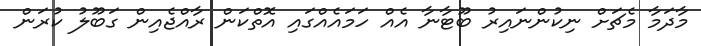
މާދަމާ މެޗަށް ނިކުންނައިރު ބޫޓާނާ އެއް ހަމައެއްގައި އޮތްކަން ރާއްޖެއިން ގަބޫލު ކުރަން